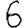
Digit: 6